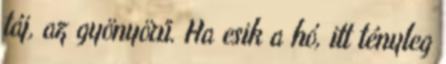
táj, az gyönyörű. Ha esik a hó, itt tényleg